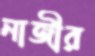
নাজীর